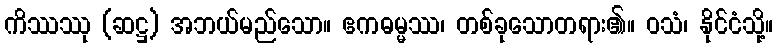
ကိဿဿု (ဆဋ္ဌ) အဘယ်မည်သော။ ဧကဓမ္မဿ၊ တစ်ခုသောတရား၏။ ဝသံ၊ နိုင်ငံသို့။